Annual report on the health of the army in India
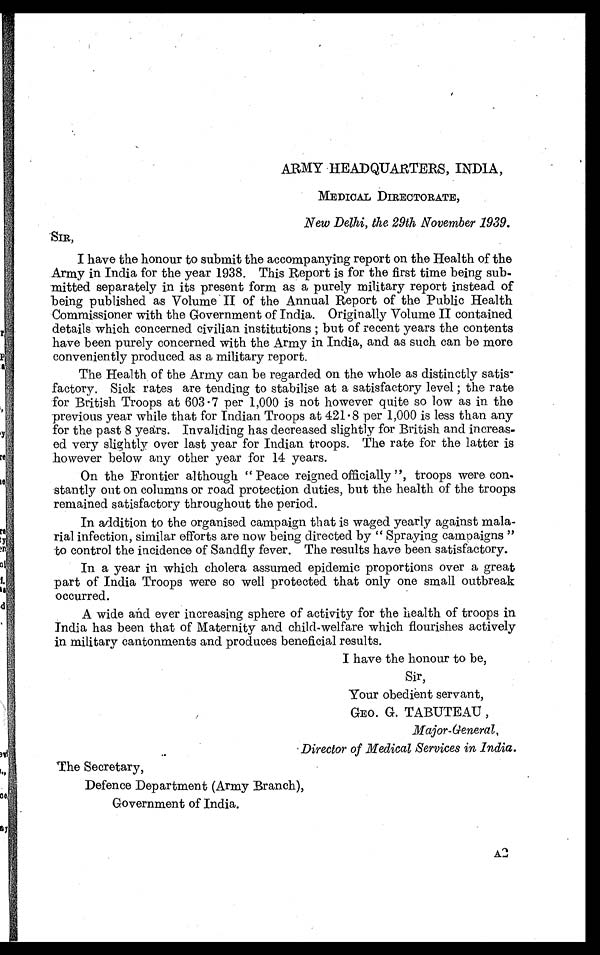
ARMY HEADQUARTERS, INDIA,
MEDICAL DIRECTORATE,
New Delhi, the 29th November 1939.
SIR,
I have the honour to submit the accompanying report on the Health of the
Army in India for the year 1938. This Report is for the first time being sub-
mitted separately in its present form as a purely military report instead of
being published as Volume II of the Annual Report of the Public Health
Commissioner with the Government of India. Originally Volume II contained
details which concerned civilian institutions ; but of recent years the contents
have been purely concerned with the Army in India, and as such can be more
conveniently produced as a military report.
The Health of the Army can be regarded on the whole as distinctly satis-
factory. Sick rates are tending to stabilise at a satisfactory level ; the rate
for British Troops at 603.7 per 1,000 is not however quite so low as in the
previous year while that for Indian Troops at 421.8 per 1,000 is less than any
for the past 8 years. Invaliding has decreased slightly for British and increas-
ed very slightly over last year for Indian troops. The rate for the latter is
however below any other year for 14 years.
On the Frontier although " Peace reigned officially ", troops were con-
stantly out on columns or road protection duties, but the health of the troops
remained satisfactory throughout the period.
In addition to the organised campaign that is waged yearly against mala-
rial infection, similar efforts are now being directed by " Spraying campaigns "
to control the incidence of Sandfly fever. The results have been satisfactory.
In a year in which cholera assumed epidemic proportions over a great
part of India Troops were so well protected that only one small outbreak
occurred.
A wide and ever increasing sphere of activity for the health of troops in
India has been that of Maternity and child-welfare which flourishes actively
in military cantonments and produces beneficial results.
I have the honour to be,
Sir,
Your obedient servant,
GEO. G. TABUTE AU ,
Major-general,
Director of Medical Services in India.
The Secretary,
Defence Department (Army Branch),
Government of India.
A2